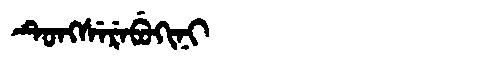
Manchu: ᡨᡠᠩᠰᡝᡵᡝᠪᡠᡴᡳᠨᡳ
Romanization: TUNGSEREBUKINI